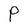
Character: P